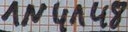
Text: 1N4148